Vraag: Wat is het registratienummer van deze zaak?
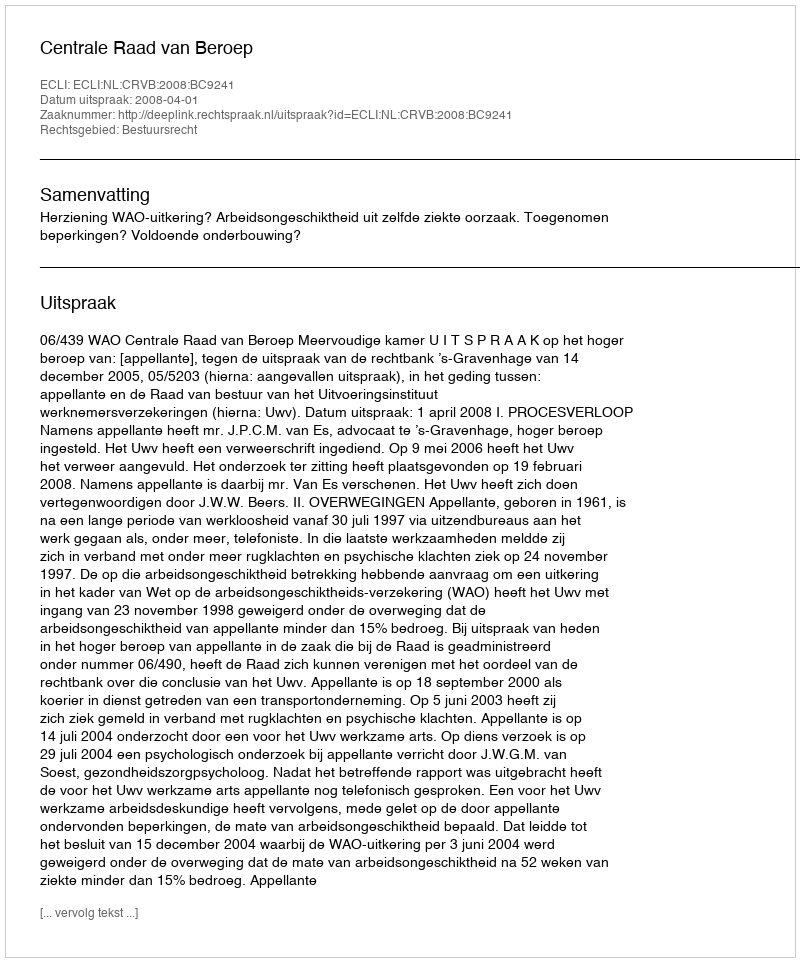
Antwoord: http://deeplink.rechtspraak.nl/uitspraak?id=ECLI:NL:CRVB:2008:BC9241